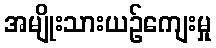
အမျိုးသားယဉ်ကျေးမှု